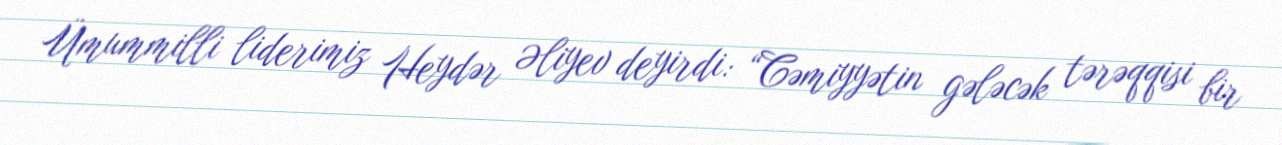
Ümummilli liderimiz Heydər Əliyev deyirdi: “Cəmiyyətin gələcək tərəqqisi bir